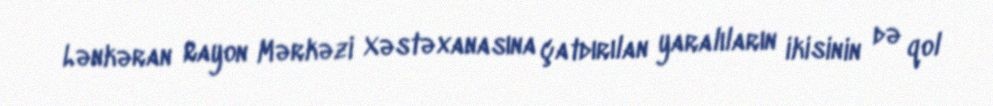
Lənkəran Rayon Mərkəzi Xəstəxanasına çatdırılan yaralıların ikisinin də qol